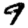
Digit: 9